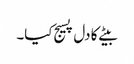
بیٹے کا دل پسیج کیا۔